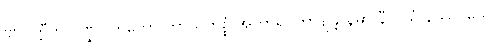
ဗျာပတ္တီတိ ပိဏ္ဍပါတတော ကာယကိစ္စံ အကာရပိတာဒျန္တာနမာ နီလိယံ နိဿဂ္ဂိယေ